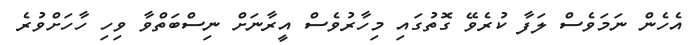
އެހެން ނަމަވެސް ލަފާ ކުރެވޭ ގޮތުގައި މިހާރުވެސް އީރާނަށް ނިސްބަތްވާ ވިހި ހާހަށްވުރެ